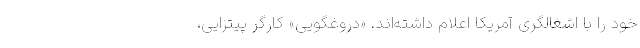
خود را با اشغالگری آمریکا اعلام داشته‌اند. «دروغگویی» کارگر پیتزایی،